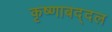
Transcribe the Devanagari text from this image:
कृष्णाबद्दल